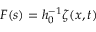
F ( s ) = h _ { 0 } ^ { - 1 } \zeta ( x , t )